Investigations into the jail dietaries of the United Provinces with some observations on the influence of dietary on the physical development and well-being of the people of the United Provinces - Number 48
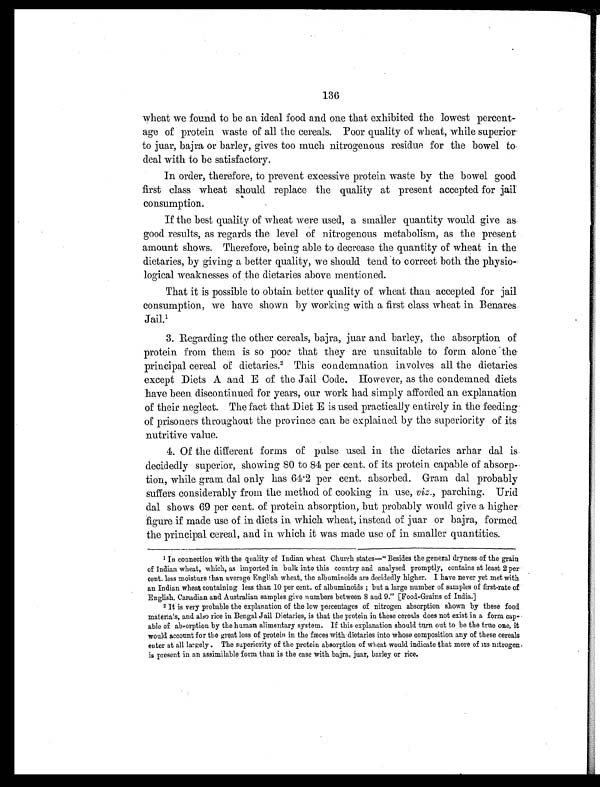
136
wheat we found to be an ideal food and one that exhibited the lowest percent
-age of protein waste of all the cereals. Poor quality of wheat, while superior
to juar, bajra or barley, gives too much nitrogenous residue for the bowel to
deal with to be satisfactory.
In order, therefore, to prevent excessive protein waste by the bowel good
first class wheat should replace the quality at present accepted for jail
consumption.
If the best quality of wheat were used, a smaller quantity would give as
good results, as regards the level of nitrogenous metabolism, as the present
amount shows. Therefore, being able to decrease the quantity of wheat in the
dietaries, by giving a better quality, we should tend to correct both the physio-
logical weaknesses of the dietaries above mentioned.
That it is possible to obtain better quality of wheat than accepted for jail
consumption, we have shown by working with a first class wheat in Benares
Jail.1
3. Regarding the other cereals, bajra, juar and barley, the absorption of
protein from them is so poor that they are unsuitable to form alone the
principal cereal of dietaries.2 This condemnation involves all the dietaries
except Diets A and E of the Jail Code. However, as the condemned diets
have been discontinued for years, our work had simply afforded an explanation
of their neglect. The fact that Diet E is used practically entirely in the feeding
of prisoners throughout the province can be explained by the superiority of its
nutritive value.
4. Of the different forms of pulse used in the dietaries arhar dal is
decidedly superior, showing 80 to 84 per cent. of its protein capable of absorp-
tion, while gram dal only has 64.2 per cent. absorbed. Gram dal probably
suffers considerably from the method of cooking in use, v i z . ,
p a r c h i n g . U r i d
dal shows 69 per cent. of protein absorption, but probably would give a higher
figure if made use of in diets in which wheat, instead of juar or bajra, formed
the principal cereal, and in which it was made use of in smaller quantities.
1 In connection with the quality of Indian wheat Church states—" Besides the general dryness of the grain
of Indian wheat, which, as imported in bulk into this country and analysed promptly, contains at least 2 per
cent. less moisture than average English wheat, the albuminoids are decidedly higher. I have never yet met with
an Indian wheat containing less than 10 per cent. of albuminoids; but a large number of samples of first-rate of
English, Canadian and Australian samples give numbers between 8 and 9." [Food-Grains of India.]
2 It is very probable the explanation of the low percentages of nitrogen absorption shown by these food
materials, and also rice in Bengal Jail Dietaries, is that the protein in these cereals does not exist in a form cap
- a b l e o f a b s o r p t i o n b y t h e h u m a n a l i m e n t a r y s y s t e m . I f t h i s e x p l a n a t i o n s h o u l d t u r n o u t t o b e t h e t r u e o n e , i t
would account for the great loss of protein in the fæces with dietaries into whose composition any of these cereals
enter at all largely. The superiority of the protein absorption of wheat would indicate that more of its nitrogen
is present in an assimilable form than is the case with bajra, juar, barley or rice.